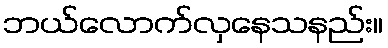
ဘယ်လောက်လှနေသနည်း။